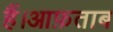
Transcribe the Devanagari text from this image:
हैं।आफ़ताब